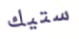
ستيك